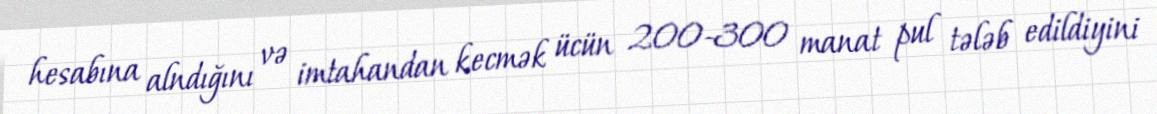
hesabına alndığını və imtahandan kecmək ücün 200-300 manat pul tələb edildiyini